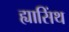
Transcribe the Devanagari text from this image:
ह्यासिंथ